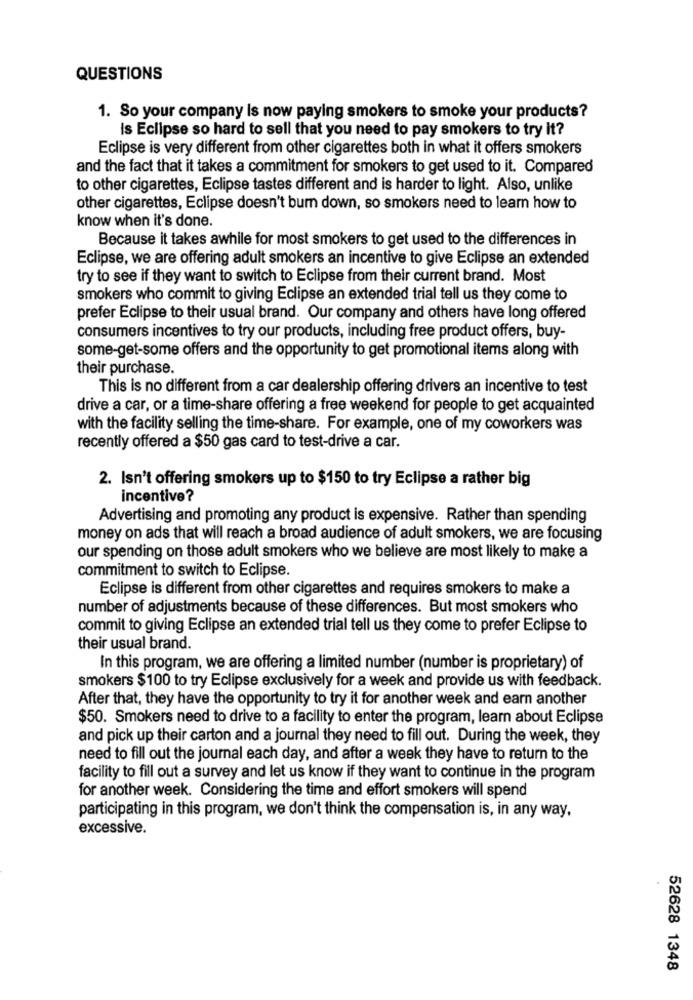
QUESTIONS
1. So your company Is now paying smokers to smoke your products?
is Eclipse so hard to sell that you need to pay smokers to try it?
Eclipse is very different from other cigarettes both in what it offers smokers
and the fact that it takes a commitment for smokers to get used to it. Compared
to other cigarettes, Eclipse tastes different and is harder to light. Also, unlike
other cigarettes, Eclipse doesn't bum down, so smokers need to learn how to
know when it's done.
Because it takes awhile for most smokers to get used to the differences in
Eclipse, we are offering adult smokers an incentive to give Eclipse an extended
try to see if they want to switch to Eclipse from their current brand. Most
smokers who commit to giving Eclipse an extended trial tell us they come to
prefer Eclipse to their usual brand. Our company and others have long offered
consumers incentives to try our products, including free product offers, buy-
some-get-some offers and the opportunity to get promotional items along with
their purchase.
This is no different from a car dealership offering drivers an incentive to test
drive a car, or a time-share offering a free weekend for people to get acquainted
with the facility selling the time-share. For example, one of my coworkers was
recently offered a $50 gas card to test-drive a car.
2. Isn't offering smokers up to $150 to try Eclipse a rather big
incentive?
Advertising and promoting any product is expensive. Rather than spending
money on ads that will reach a broad audience of adult smokers, we are focusing
our spending on those adult smokers who we believe are most likely to make a
commitment to switch to Eclipse.
Eclipse is different from other cigarettes and requires smokers to make a
number of adjustments because of these differences. But most smokers who
commit to giving Eclipse an extended trial tell us they come to prefer Eclipse to
their usual brand.
In this program, we are offering a limited number (number is proprietary) of
smokers $100 to try Eclipse exclusively for a week and provide us with feedback.
After that, they have the opportunity to try it for another week and earn another
$50. Smokers need to drive to a facility to enter the program, learn about Eclipse
and pick up their carton and a journal they need to fill out. During the week, they
need to fill out the journal each day, and after a week they have to return to the
facility to fill out a survey and let us know if they want to continue in the program
for another week. Considering the time and effort smokers will spend
participating in this program, we don't think the compensation is, in any way,
excessive.
52628 1348